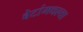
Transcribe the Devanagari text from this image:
बेटांमधल्या